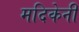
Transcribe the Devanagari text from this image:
मदिकेनी